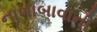
નાગાબાવાની